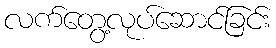
လက်တွေ့လုပ်ဆောင်ခြင်း